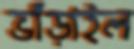
ভাঁড়াইল